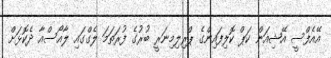
އޭއެފްސީ އޭޝިއަން ކަޕް ކޮލިފައިންގެ ޕްރިލިމިނަރީ ބުރުގެ ފުރަތަމަ ލެގްގައި ލާއޯސްއާ ދެކޮޅަށް